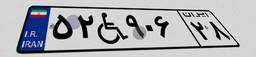
۶۴W۵۱۰۹۵